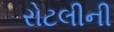
રોટલીની